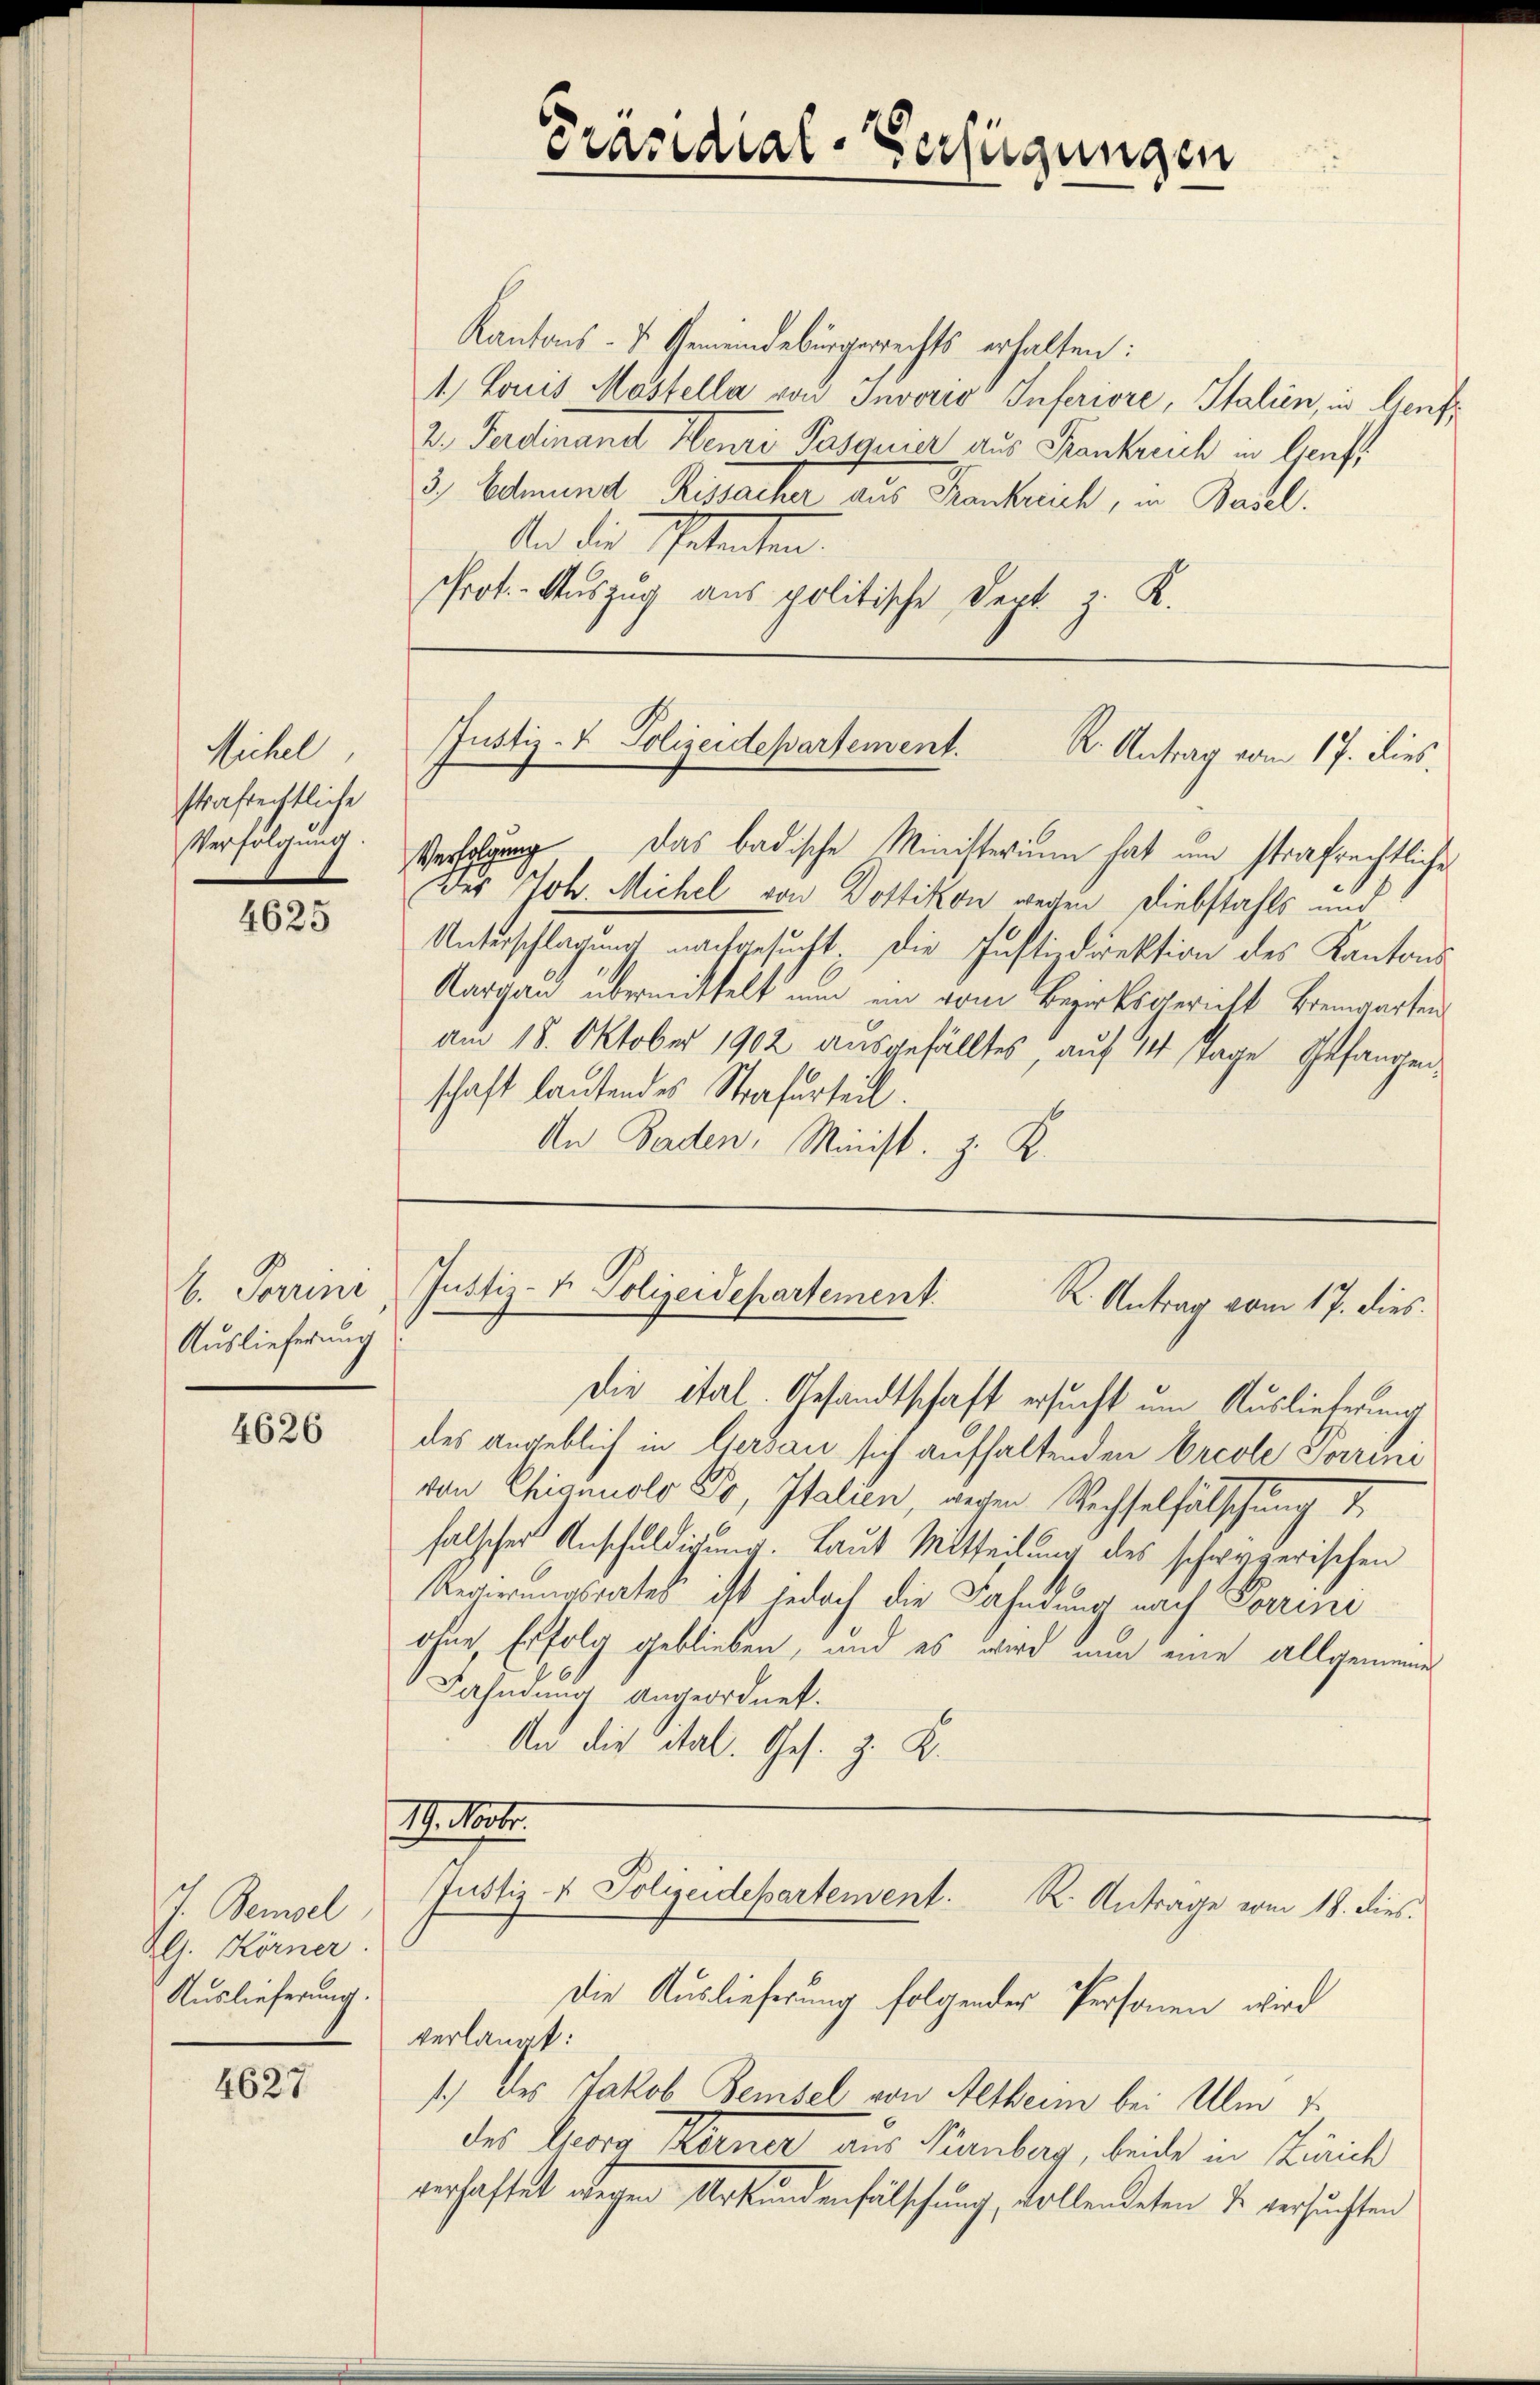
Michel,
strafrechtliche
Verfolgung.

4625

Auslieferung

4626

J. Bemsel
IG. Körner.
Auslieferung.

4627

Präsidial-Verfügungen

Kantons - u. Gemeindebürgerechts erhalten:
1) Lois Mostella von Invorio Inferiore, Italien, in Genf
2. Ferdinand Henri Pasquier aus Frankreich in Genf
3., Edmund Rissacher aus Frankreich, in Basel.
Und die Schatenten.
PProt. Auszug aus politische Deck. z. K.

Justiz- & Polizeidepartement. R. Antrag vom 17. dies

Verfolgung das badische Ministerium hat um strafrechtliche
Des Joh. Michel von Dottikon wegen Diebstahls und
Unterschlagung nachgesucht. Die Instindirektion des Kantons
Aargau übermittelt nun ein vom Bezirksgericht Brenwarten
am 18. Oktober 1902 ausgefälltes, auf 14 Tage Gefangenschaft lautendes Strafurteilt.
An Baden, Minist. z. K.

b. Porrini, Justiz- & Polizeidepartement.
R. Antrag vom 17. dies

Die ital. Gesandtschaft ersucht um Auslieferung
des angeblich in Gersau sich aufhaltenden Orcole Sorrini
von Chianuolo To, Italien, wegen Wechselfälschung d
falscher Anschuldigung. Laut Mitteilung des schweizerischen
Regierungsrates ist jedoch die Fahndung nach Porrine
ohne Erfolg geblieben, und es wird nun eine allgemeine
Fahndung angeordnet.
An die ital. Ges. z. B.

Th. Vortr
Justiz- & Polizeidepartement. R. Antrage vom 18. dies
Die Auslieferung folgender Personen wird

verlangt:
1.) des Jakob Bemsel von Aetheim bei Ulm
des Herrn Kerner aus Tramberg, beide in Kirch
verhaftet wegen Urkundenfälschung, vollendeten de versuchten